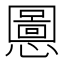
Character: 𫻒